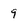
Character: 9